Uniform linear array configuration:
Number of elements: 12
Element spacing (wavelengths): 0.25
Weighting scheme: cosine
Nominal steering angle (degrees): -30
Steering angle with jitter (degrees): -29.4
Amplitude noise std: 0.05
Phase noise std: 0.05

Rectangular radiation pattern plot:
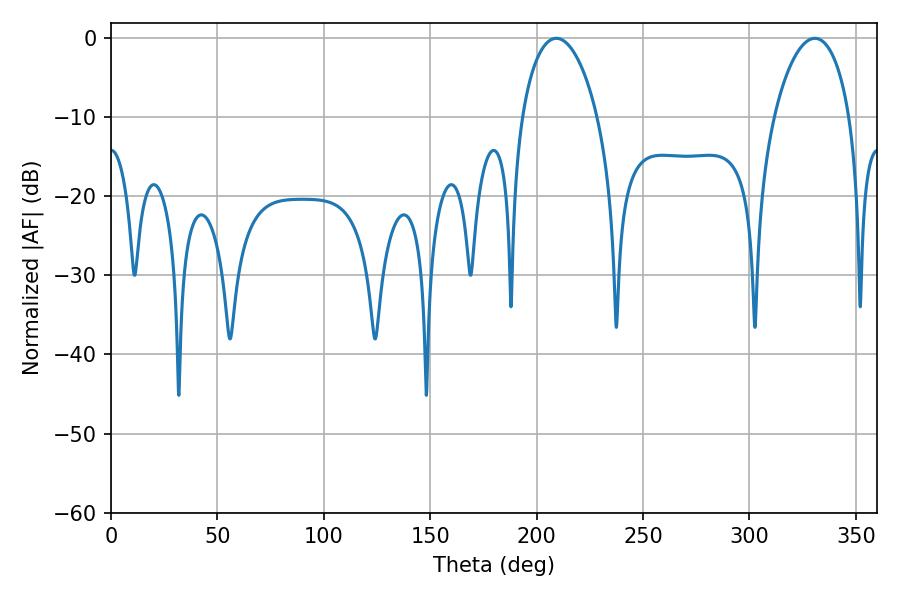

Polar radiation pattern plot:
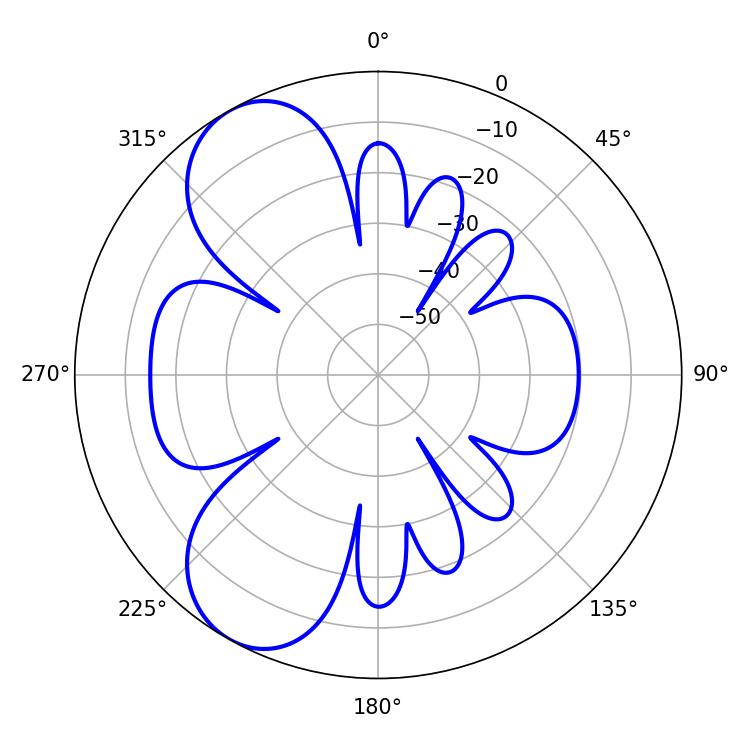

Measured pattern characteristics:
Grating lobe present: FALSE
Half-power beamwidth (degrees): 20.34
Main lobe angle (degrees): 209.34